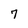
Character: 7